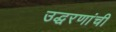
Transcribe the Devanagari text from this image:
उद्धरणांची